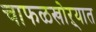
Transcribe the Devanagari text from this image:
चाफळखोऱ्यात